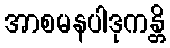
အာစမနပါဒုကန္တိ